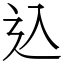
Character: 込